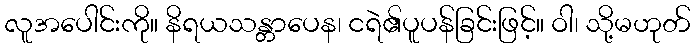
လူအပေါင်းကို။ နိရယသန္တာပေန၊ ငရဲ၏ပူပန်ခြင်းဖြင့်။ ဝါ၊ သို့မဟုတ်